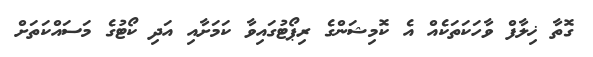
ގޮތާ ޚިލާފް ވާހަކަތަކެއް އެ ކޮމިޝަންގެ ރިޕޯޓުގައިވާ ކަމަށާއި އަދި ކޯޓުގެ މަސައްކަތަށް